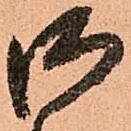
御